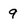
Character: 9